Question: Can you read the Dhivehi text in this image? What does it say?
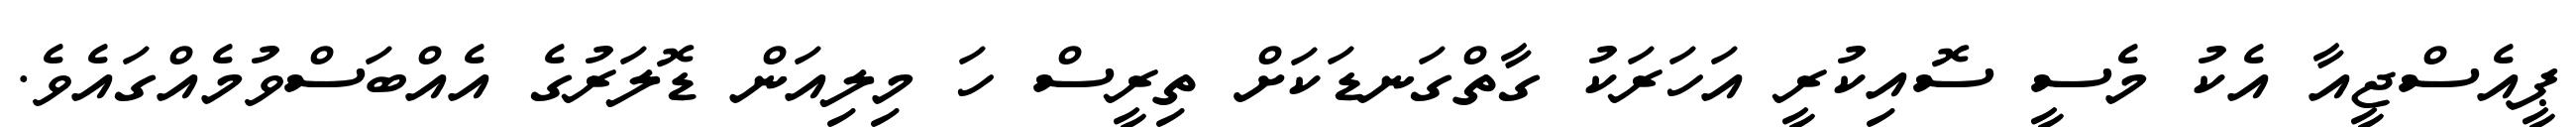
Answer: ޕީއެސްޖީއާ އެކު މެސީ ސޮއިކުރީ އަހަރަކު ގާތްގަނޑަކަށް ތިރީސް ހަ މިލިއަން ޑޮލަރުގެ އެއްބަސްވުމެއްގައެވެ.